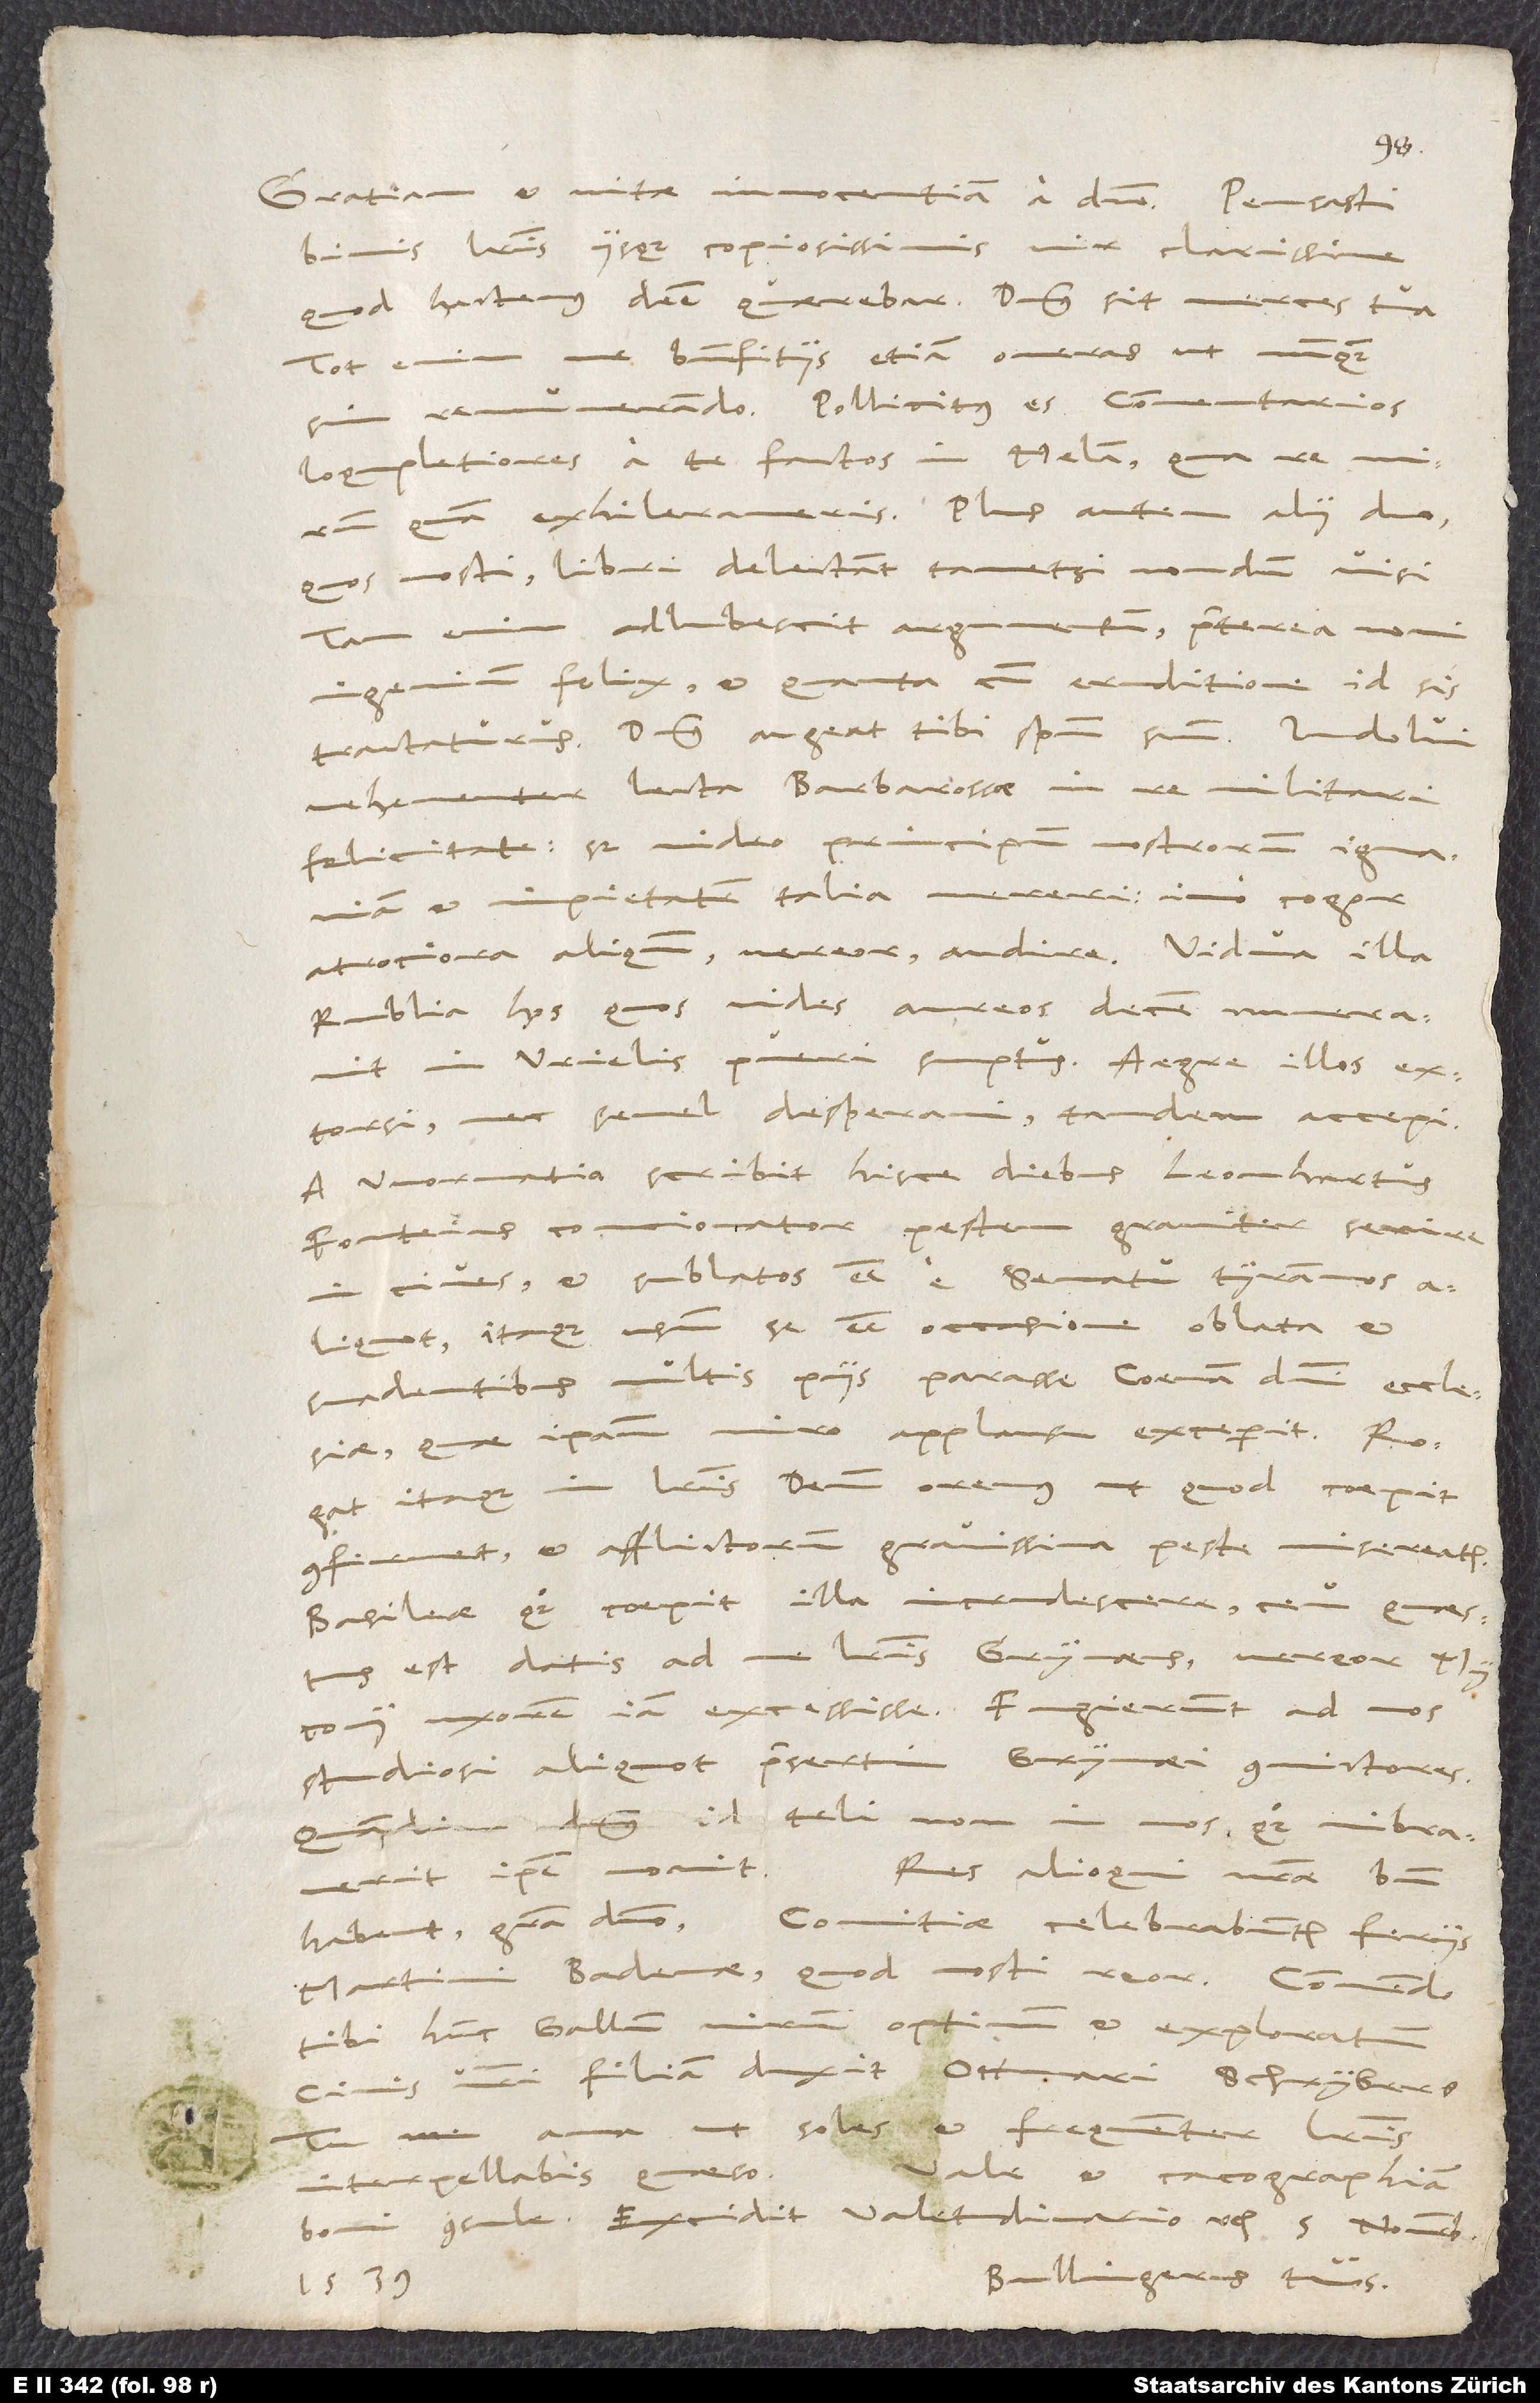
Gratiam et vitae innocentiam a domino. Pensasti
binis literis, iisque copiosissimis, vir clarissime,
quod hactenus deesse querebar. Dominus sit merces tua;
me beneficiis etiam oneras, ut nunquam
tot enim
sim remunerando. Pollicitus es commentarios
locupletiores a te factos in Melam, qua re mirum
quam exhileraveris. Plus autem alii duo,
quos nosti, libri delectant, tametsi nondum visi;
tam enim adlubescit argumentum; praeterea novi
ingenium felix et quanta cum eruditione id sis
tractaturus. Dominus augeat tibi spiritum suum. Indolui
vehementer lecta Barbarossae in re militari
felicitate; sed video principum nostrorum ignaviam
et impietatem talia mereri; immo cogor,
atrociora aliquando, vereor, audire. Vidua illa
Rublia hos, quos vides, aureos decem numeravit
in Urielis pueri sumptus. Aegre illos extorsi
nec semel desperavi; tandem accepi.
A Wormatia scribit hisce diebus Leonhartus
Fonteius, contionator, pestem graviter saevire
in cives et sublatos esse e senatu tyrannos
aliquot, itaque usum se esse occasione oblata et
suadentibus multis piis parasse coenam domini ecclesiae,
quae ipsam miro applausu exceperit. Rogat
itaque in literis, Deum oremus, ut, quod coepit,
confirmet et afflictorum gravissima peste misereatur.
Basileae quoque coepit illa incrudescere, ceu questus
est datis ad me literis Grynaeus. Vereor, Myconii
uxorem iam excessisse. Fugierunt ad nos
studiosi aliquot, praesertim Grynaei convictores.
Quamdiu dominus id teli non in nos quoque vibraverit,
Res alioqui nostrae bene
ipse novit.
habent, gratia domino. Comitiae celebrabuntur feriis
Martini Badenae; quod nosti, reor. Commendo
tibi hunc Gallum, virum optimum et exploratum;
civis nostri filiam duxit Ottmari Schrybers.
Tu me ama, soles, et frequenter literis
interpellabis, quaeso. Vale et cacographiam
boni consule; excidit valetudinario etc. 5. Novembris
Bullingerus tuus.
1539.